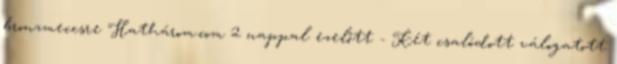
bronzmeccsre Hathárom.com 2 nappal ezelőtt - Két csalódott válogatott